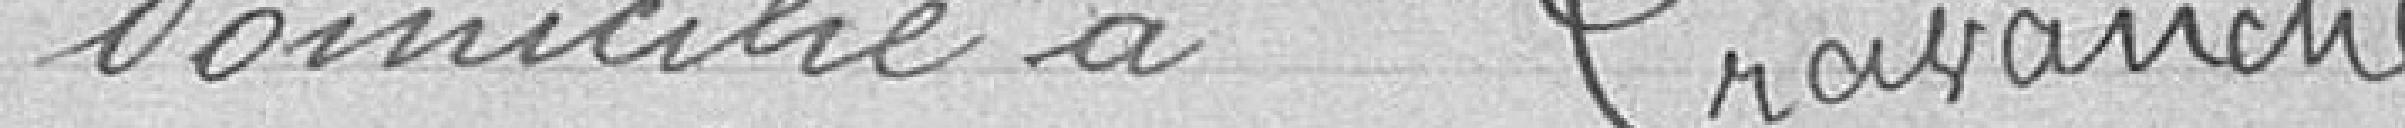
domicilié à Cravanche